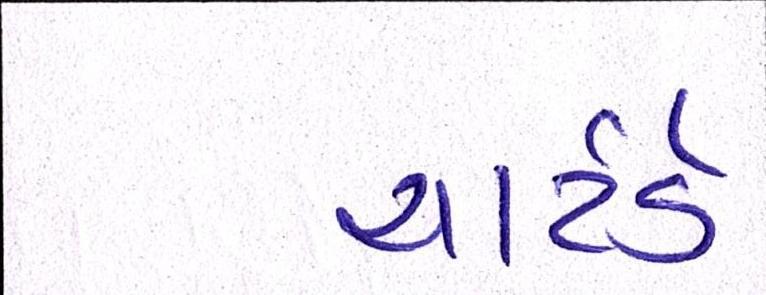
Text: ચાર્ટર્ડ